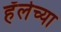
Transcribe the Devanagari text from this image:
हॅलेच्या